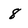
Character: 8